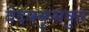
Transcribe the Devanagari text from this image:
वेदक्कुमकुर